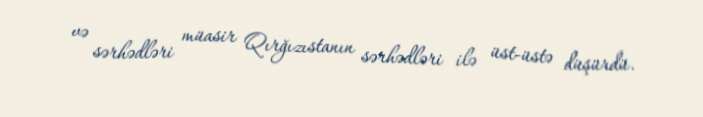
və sərhədləri müasir Qırğızıstanın sərhədləri ilə üst-üstə düşürdü.